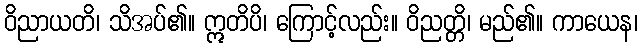
ဝိညာယတိ၊ သိအပ်၏။ ဣတိပိ၊ ကြောင့်လည်း။ ဝိညတ္တိ၊ မည်၏။ ကာယေန၊